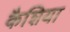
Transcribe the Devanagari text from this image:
कैशिया